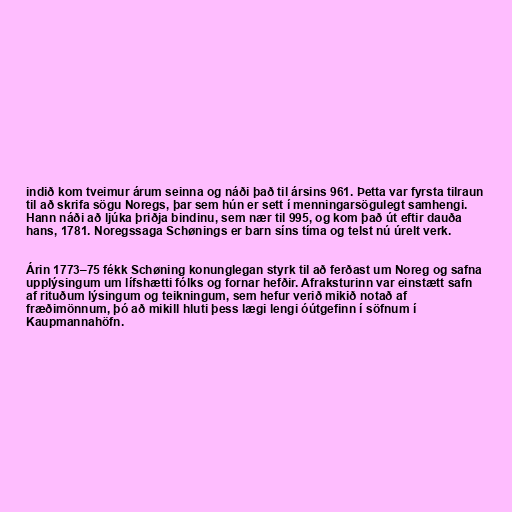
indið kom tveimur árum seinna og náði það til ársins 961. Þetta var fyrsta tilraun
til að skrifa sögu Noregs, þar sem hún er sett í menningarsögulegt samhengi.
Hann náði að ljúka þriðja bindinu, sem nær til 995, og kom það út eftir dauða
hans, 1781. Noregssaga Schønings er barn síns tíma og telst nú úrelt verk.

Árin 1773–75 fékk Schøning konunglegan styrk til að ferðast um Noreg og safna
upplýsingum um lífshætti fólks og fornar hefðir. Afraksturinn var einstætt safn
af rituðum lýsingum og teikningum, sem hefur verið mikið notað af
fræðimönnum, þó að mikill hluti þess lægi lengi óútgefinn í söfnum í
Kaupmannahöfn.